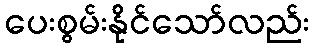
ပေးစွမ်းနိုင်သော်လည်း